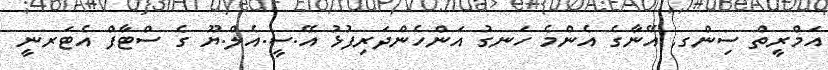
އަމްރީތް ސިންގ